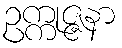
ဥက္ကုဇ္ဇနာ